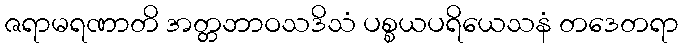
ဇရာမရဏာတိ အတ္တဘာဝသဒိသံ ပစ္စယပရိယေသနံ တဒေတရာ